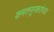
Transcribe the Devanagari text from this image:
कमतनूरकरांच्या